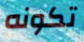
تكونه